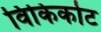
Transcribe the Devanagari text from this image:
विकिकोट